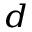
^ d